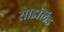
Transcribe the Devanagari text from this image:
साइलिड